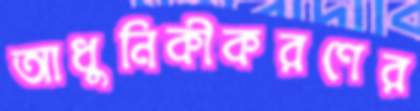
আধুনিকীকরণের